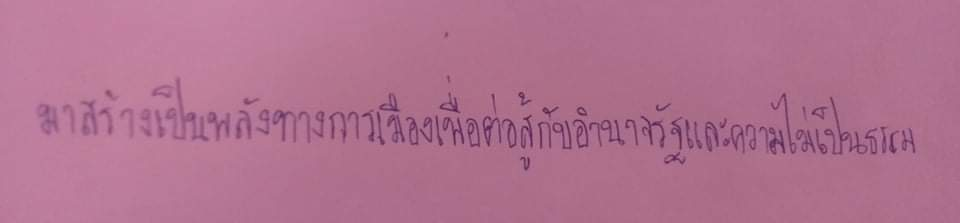
มาสร้างเป็นพลังทางการเมืองเพื่อต่อสู้กับอำนาจรัฐและความไม่เป็นธรรม